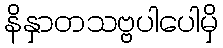
နိနှာတသဗ္ဗပါပေါမှိ